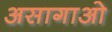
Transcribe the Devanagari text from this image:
असागाओ